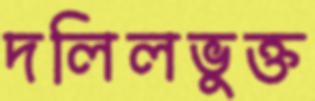
দলিলভুক্ত